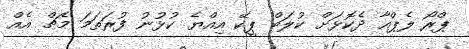
ޕްރޯ ލެޕްއާ ދެކޮޅަށް ކުލަބް ޕީކޭ އިއްޔެ ކުޅުނު ފުރަތަމަ މެޗް އެއް